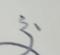
Signature authenticity: forged